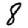
Digit: 8